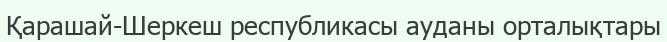
Қарашай-Шеркеш республикасы ауданы орталықтары